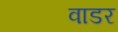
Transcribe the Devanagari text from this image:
वाडर